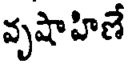
వృషాహిణే